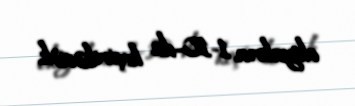
oktyabrın 1-10-da keçiriləcək.